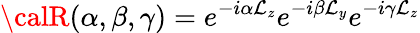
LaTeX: {\calR}(\alpha,\beta,\gamma)=e^{-i\alpha\mathcal{L}_{z}}e^{-i\beta\mathcal{L}_{y}}e^{-i\gamma\mathcal{L}_{z}}